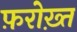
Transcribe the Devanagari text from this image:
फ़रोख़्त